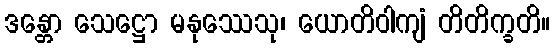
ဒန္တော သေဋ္ဌော မနုဿေသု၊ ယောတိဝါကျံ တိတိက္ခတိ။